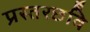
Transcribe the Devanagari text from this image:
प्रस्तरछवि